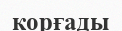
корғады